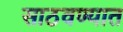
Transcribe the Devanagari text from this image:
साठवण्यात